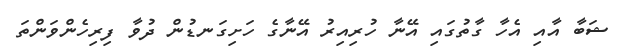
ޝަބާ އާއި އެހާ ގާތުގައި އޭނާ ހުރިއިރު އޭނާގެ ހަށިގަނޑުން ދުވާ ފިރިހެންވަންތަ